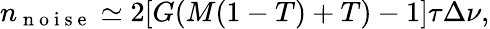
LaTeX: n_{\mathrm{~n~o~i~s~e~}}\simeq 2[G(M(1-T)+T)-1]\tau\Delta\nu,